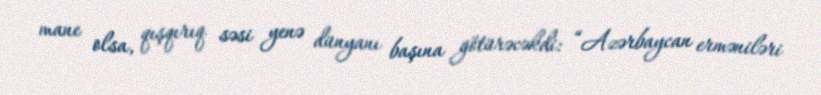
mane olsa, qışqırıq səsi yenə dünyanı başına götürəcəkdi: “Azərbaycan erməniləri